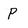
Character: P